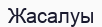
Жасалуы